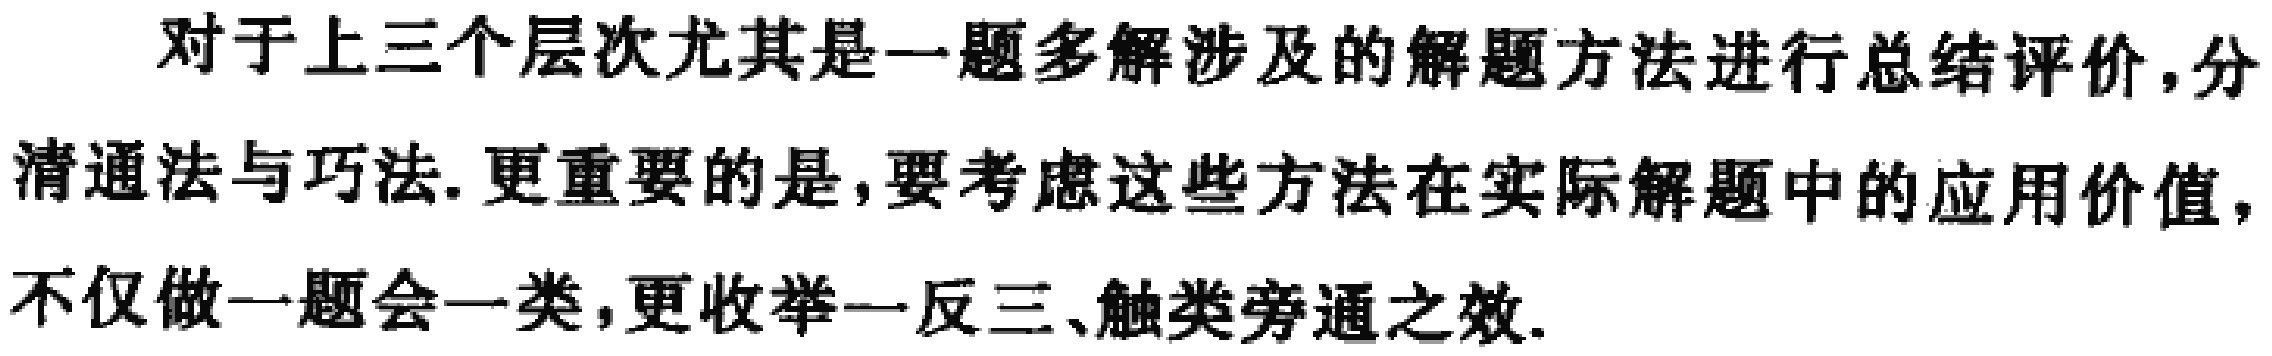
对于上三个层次尤其是一题多解涉及的解题方法进行总结评价,分清通法与巧法.更重要的是,要考虑这些方法在实际解题中的应用价值,不仅做一题会一类,更收举一反三、触类旁通之效.